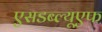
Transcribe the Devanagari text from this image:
एसडब्ल्यूएफ